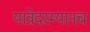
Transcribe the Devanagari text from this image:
यात्रेदरम्यानच